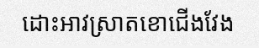
ដោះអាវស្រាតខោជើងវែង